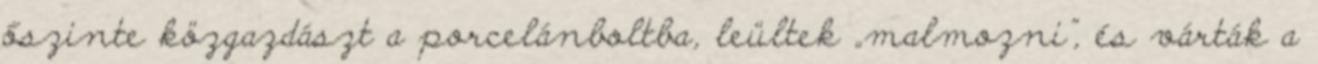
őszinte közgazdászt a porcelánboltba, le­ültek „malmozni”, és várták a